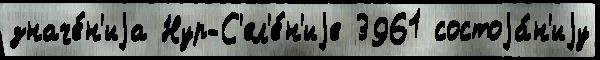
значе́н'иjа Нур-С'ел'е́н'иjе 3961 состоjа́н'иjу